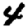
Digit: 4